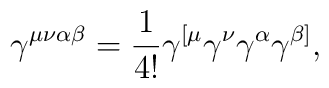
\gamma^{\mu\nu\alpha\beta}=\frac{1}{4!}\gamma^{[\mu}\gamma^{\nu}\gamma^{\alpha}\gamma^{\beta]},